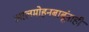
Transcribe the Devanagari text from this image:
लालमोहनबाबूंनाही